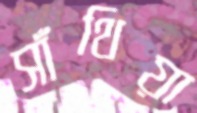
সাঁথিয়া